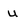
Character: u